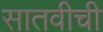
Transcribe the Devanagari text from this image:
सातवीची